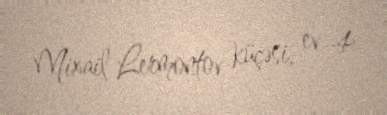
Mixail Lermontov küçəsi, ev 4